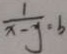
\frac { 1 } { x - y } = b